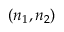
( n _ { 1 } , n _ { 2 } )